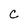
Character: c